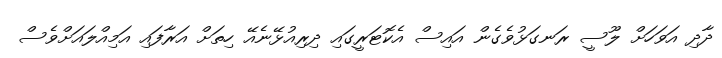
ދާދި އަވަހަށް ލޫސީ ރަނގަޅުވެގެން އައިސް އެކޮޓަރީގައި ދިރިއުޅޭނެއޭ ހިތަށް އަރާފައި އަމިއްލައަށްވެސް